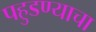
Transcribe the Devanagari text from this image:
पहुडण्याचा